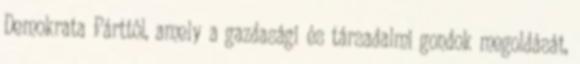
Demokrata Párttól, amely a gazdasági és társadalmi gondok megoldását,